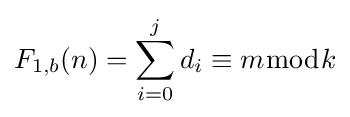
F_{1,b}(n)=\sum _{i=0}^{j}d_{i}\equiv m{\bmod {k}}